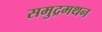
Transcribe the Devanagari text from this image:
समुद्रमथन